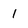
Character: 1